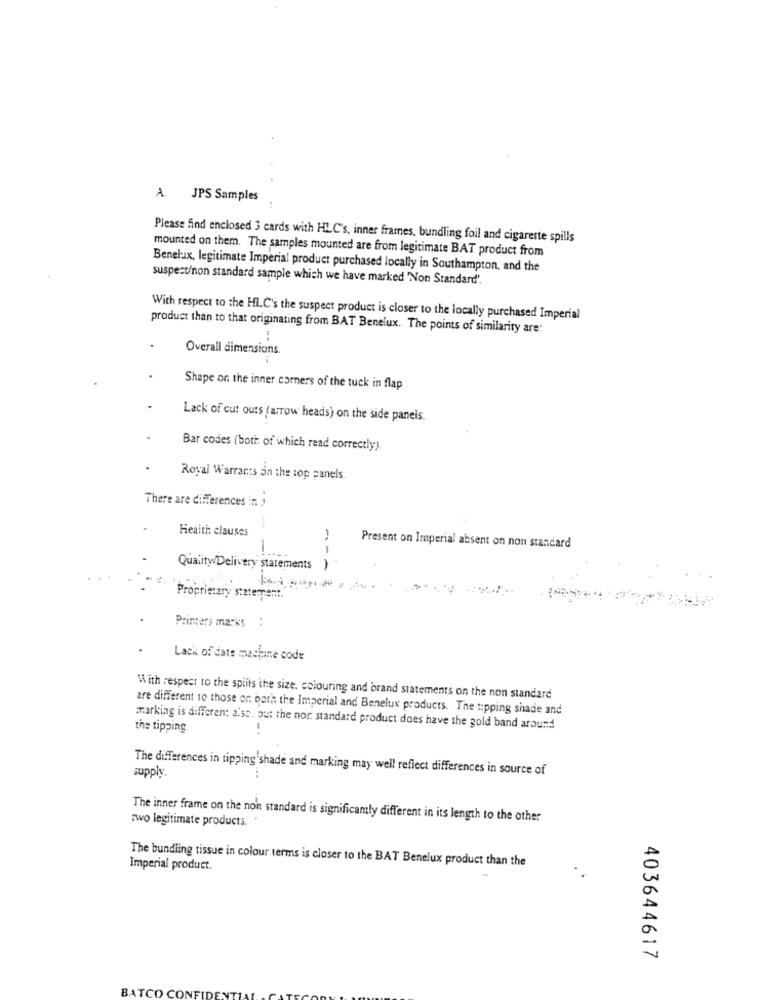
A. JPS Samples
..
Please find enclosed 3 cards with HLC's, inner frames, bundling foil and cigarette spills
mounted on them. The samples mounted are from legitimate BAT product from
Benelux, legitimate Imperial product purchased locally in Southampton, and the
suspect/non standard sample which we have marked "Non Standard'.
With respect to the HLC's the suspect product is closer to the locally purchased Imperial
product than to that originating from BAT Benelux. The points of similarity are:
Overall dimensions.
Shape on the inner corners of the tuck in flap
Lack of cut outs (arrow heads) on the side panels.
Bar codes (both of which read correctly).
Royal Warrants in the top panels
There are differences in 1
Heaith clauses
-
Present on Imperial absent on non standard
.....
---
QualitwDelivery statements
Proprietary statement."
Printers marks !
Lack of date machine code
With respect to the spiits the size, colouring and brand statements on the non standard
are different to those or both the Imperial and Benelux products. The tipping shade and
marking is differen: also. put the nor. standard product does have the gold band around
the tipping.
The differences in tipping'shade and marking may well reflect differences in source of
supply.
wo legitimate products. "
The inner frame on the non standard is significantly different in its length to the other
The bundling tissue in colour terms is closer to the BAT Benelux product than the
Imperial product.
403644617
BATCO CONFIDE